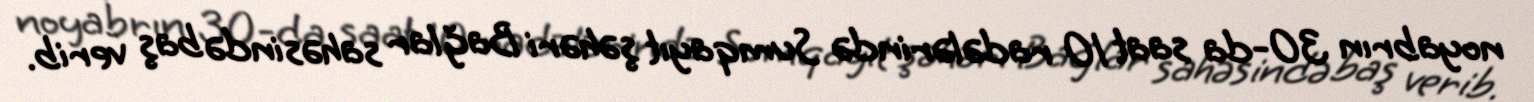
noyabrın 30-da saat 10 radələrində Sumqayıt şəhəri Bağlar sahəsində baş verib.